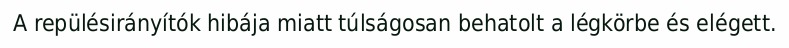
A repülésirányítók hibája miatt túlságosan behatolt a légkörbe és elégett.